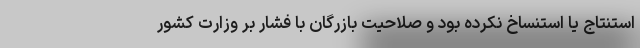
استنتاج یا استنساخ نکرده بود و صلاحیت بازرگان با فشار بر وزارت کشور